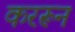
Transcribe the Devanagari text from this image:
कररून